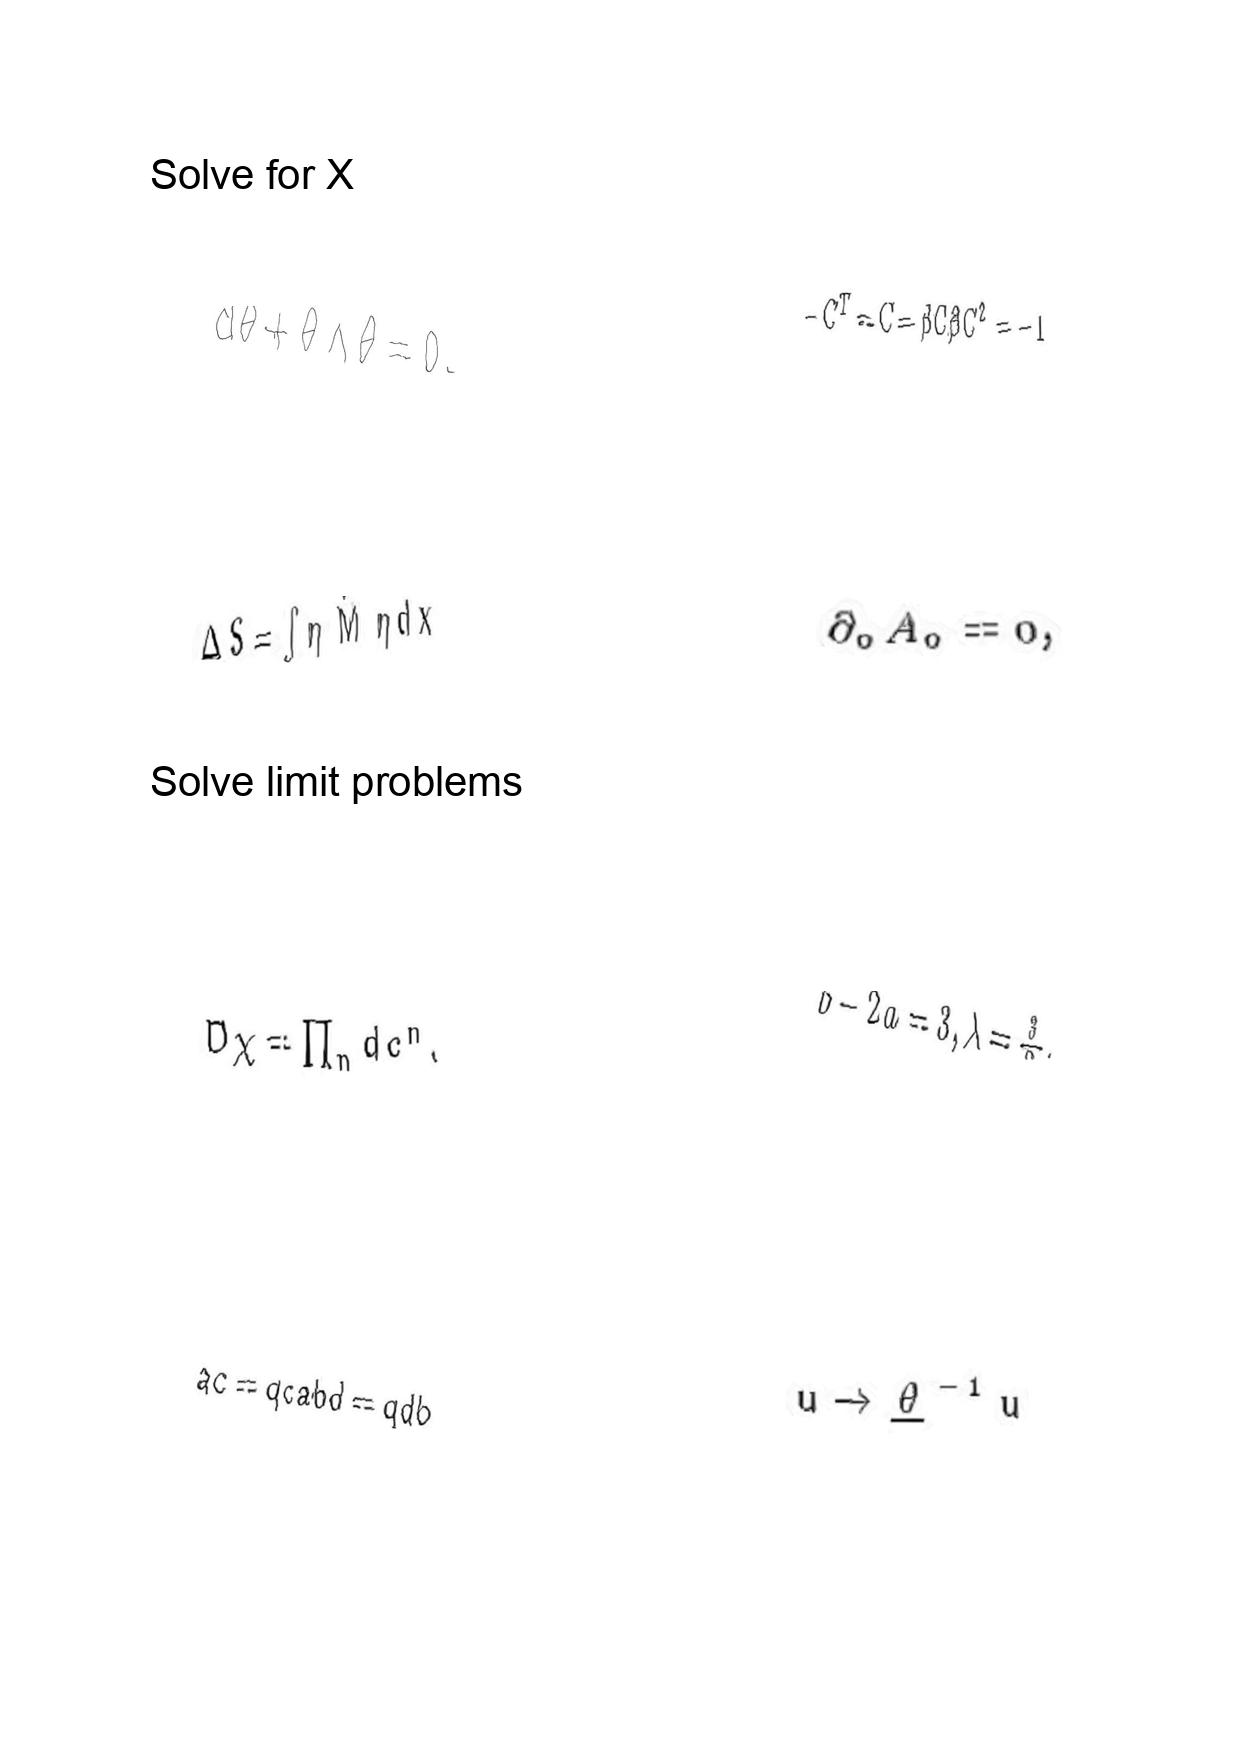
LaTeX transcription:
d \theta + \theta \wedge \theta = 0 .
\Delta S = \int \eta \hat { M } \eta d x
D \chi = \prod _ { n } d c ^ { n } .
a c = q c a b d = q d b
- C ^ { T } = C = \beta C \beta C ^ { 2 } = - 1
\partial _ { 0 } A _ { 0 } = 0 ,
b - 2 a = 3 , \lambda = \frac { 3 } { 2 } .
u \rightarrow \underline { \theta } ^ { - 1 } u